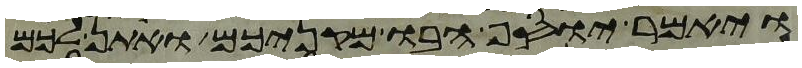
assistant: ויאמר יוסף הבו מקניכם ואתן לכם